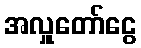
အလှူတော်ငွေ